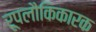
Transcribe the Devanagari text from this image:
रूपलौकिकारक